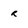
Character: R